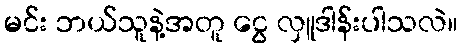
မင်း ဘယ်သူနဲ့အတူ ငွေ လှူဒါန်းပါသလဲ။